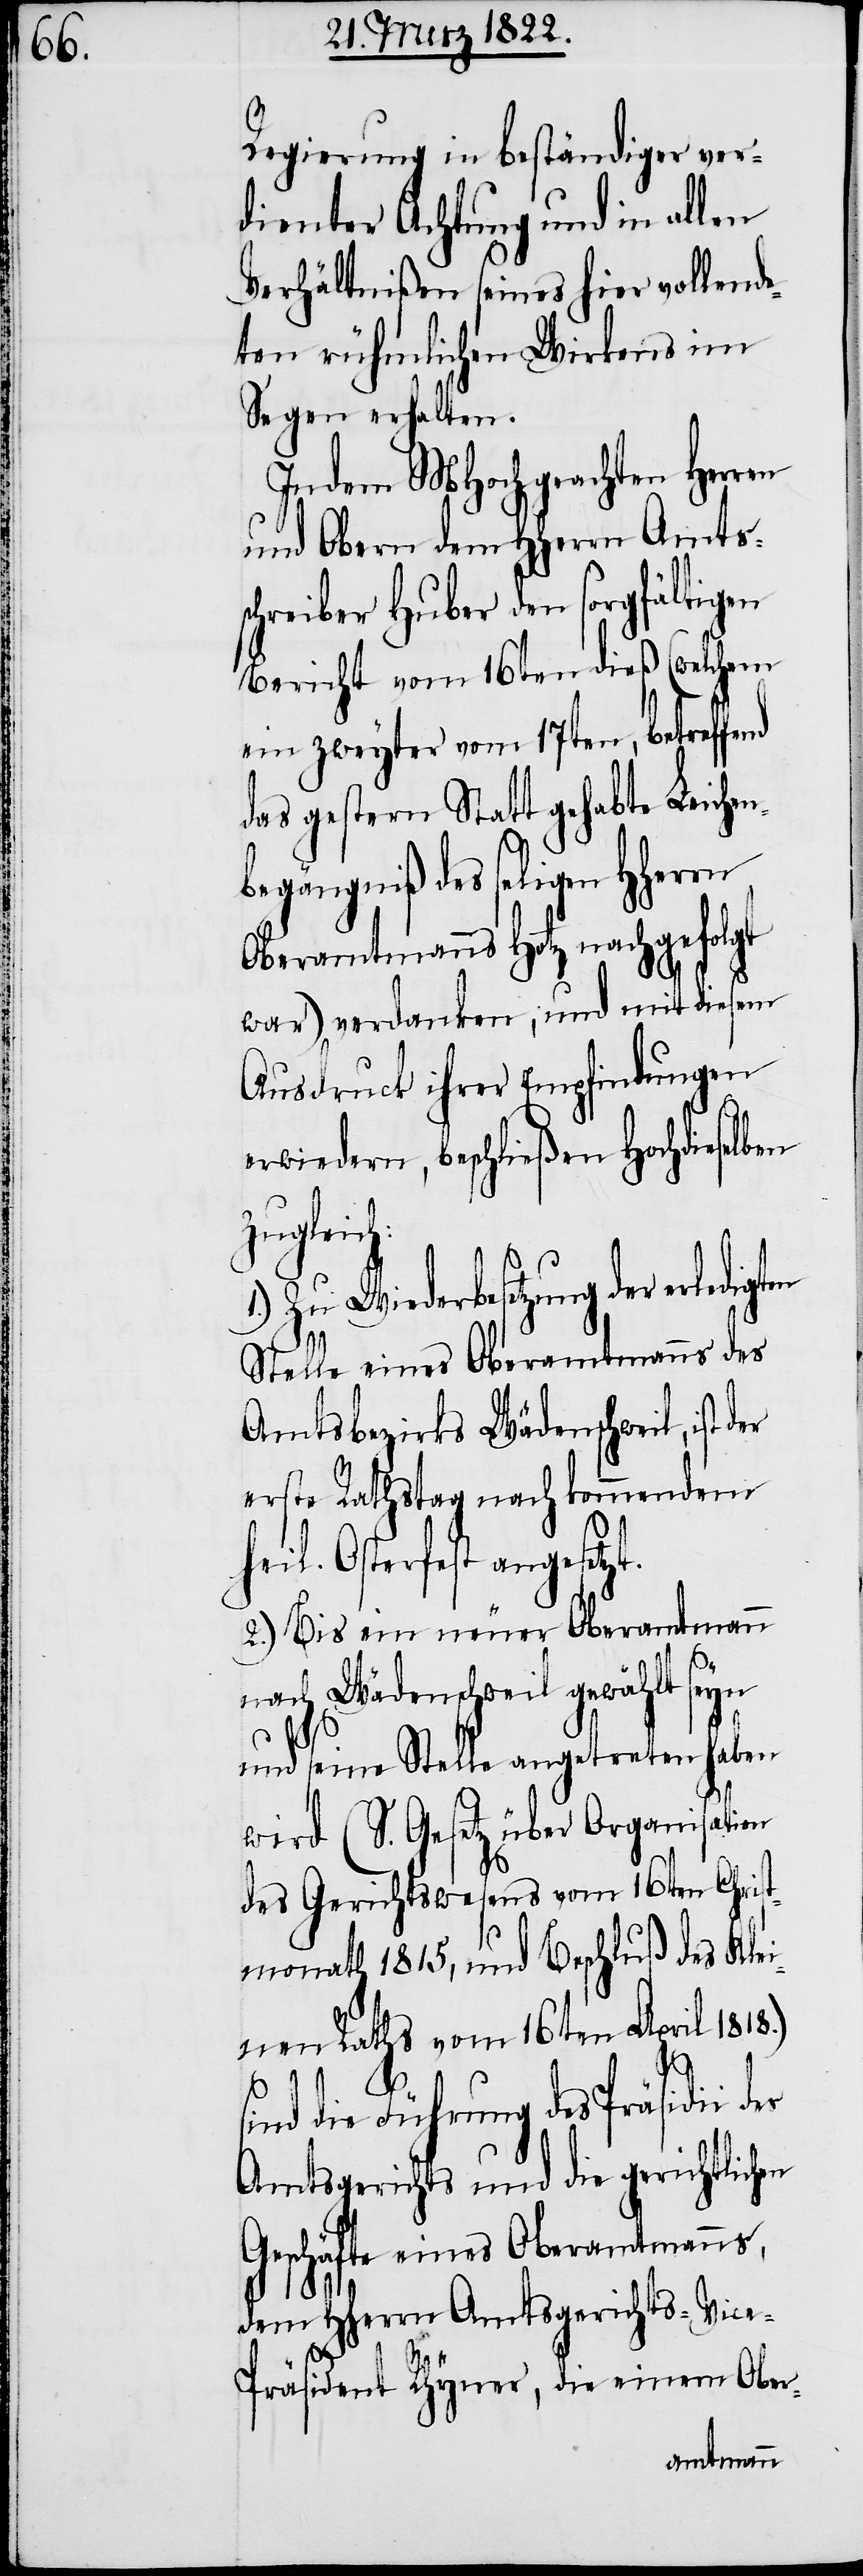
Regierung in beständiger ver¬
dienter Achtung und in allen
Verhältnißen seines hier vollende¬
ten rühmlichen Wirkens im
Segen erhalten.
Indem MHochgeachten Herren
und Obern dem HHerrn Amtss¬
chreiber Huber den sorgfältigen
Bericht vom 16ten dieß (welchem
ein zweyter vom 17ten, betreffend
das gestern Statt gehabte Leichen¬
begängniß des seligen HHerrn
Oberamtmanns Hotz nachgefolgt
t.
war) verdanken, und mit diesem
Ausdruck ihrer Empfindungen
erwiedern, beschließen Hochdieselben
zugleich:
Zu Wiederbesetzung der erledigten
Stelle eines Oberamtmanns des
Amtsbezirks Wädenschweil, ist
erste Rathstag nach kommendem h¬
eil. Osterfest angesetz¬
2.) Bis ein neuer Oberamtmann
nach Wädenschweil gewählt seyn
und seine Stelle angetreten haben
wird (s. Gesetz über Organisation
des Gerichtswesens vom 16ten April
sind die Führung des Präsidii des
Amtsgerichts und die gerichtlichen
Geschäfte eines Oberamtmanns,
dem HHerrn Amtsgerichts-Vice-P¬
räsident Rhyner, die einem Ober-